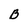
Character: B